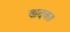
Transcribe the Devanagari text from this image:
खदका